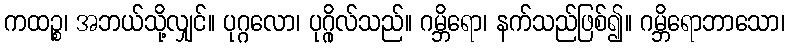
ကထဉ္စ၊ အဘယ်သို့လျှင်။ ပုဂ္ဂလော၊ ပုဂ္ဂိုလ်သည်။ ဂမ္ဘိရော၊ နက်သည်ဖြစ်၍။ ဂမ္ဘိရောဘာသော၊